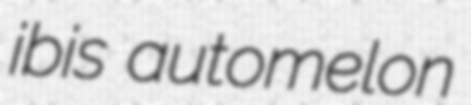
ibis automelon